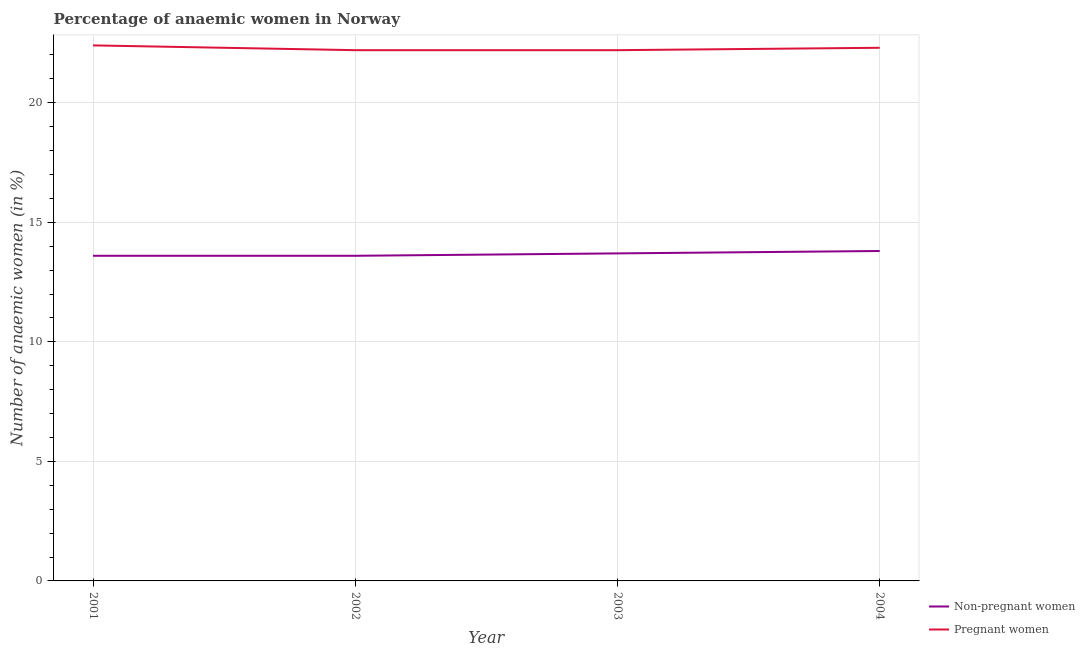
| Year | Non-pregnant women | Pregnant women |
 | --- | --- | --- |
 | 2001 | 13.6 | 22.4 |
 | 2002 | 13.6 | 22.2 |
 | 2003 | 13.7 | 22.2 |
 | 2004 | 13.8 | 22.3 |